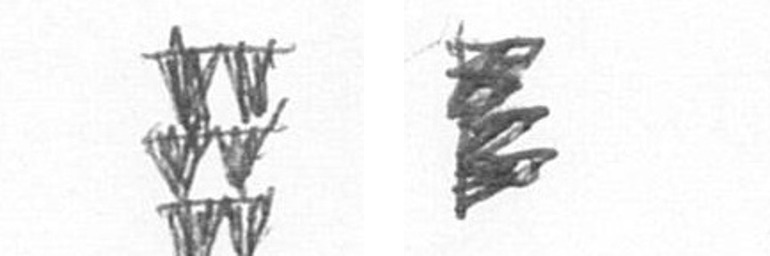
Y H